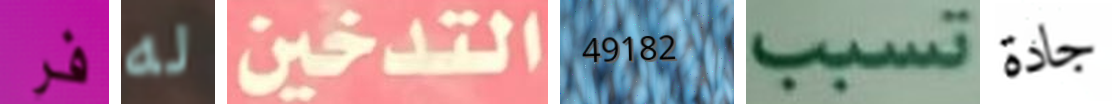
فر له التدخين 49182 تسبب جادة